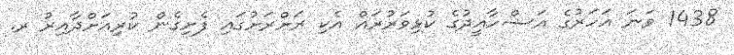
1438 ވަނަ އަހަރުގެ އަޟްހާއީދުގެ ކުޅިވަރުރައް އެކި ރަށްރަށުގައި ފެށިގެން ކުރިއަށްދާއިރު ރ.